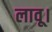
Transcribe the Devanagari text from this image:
लावू।